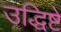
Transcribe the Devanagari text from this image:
उद्धिष्टे